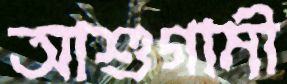
আশুগামী